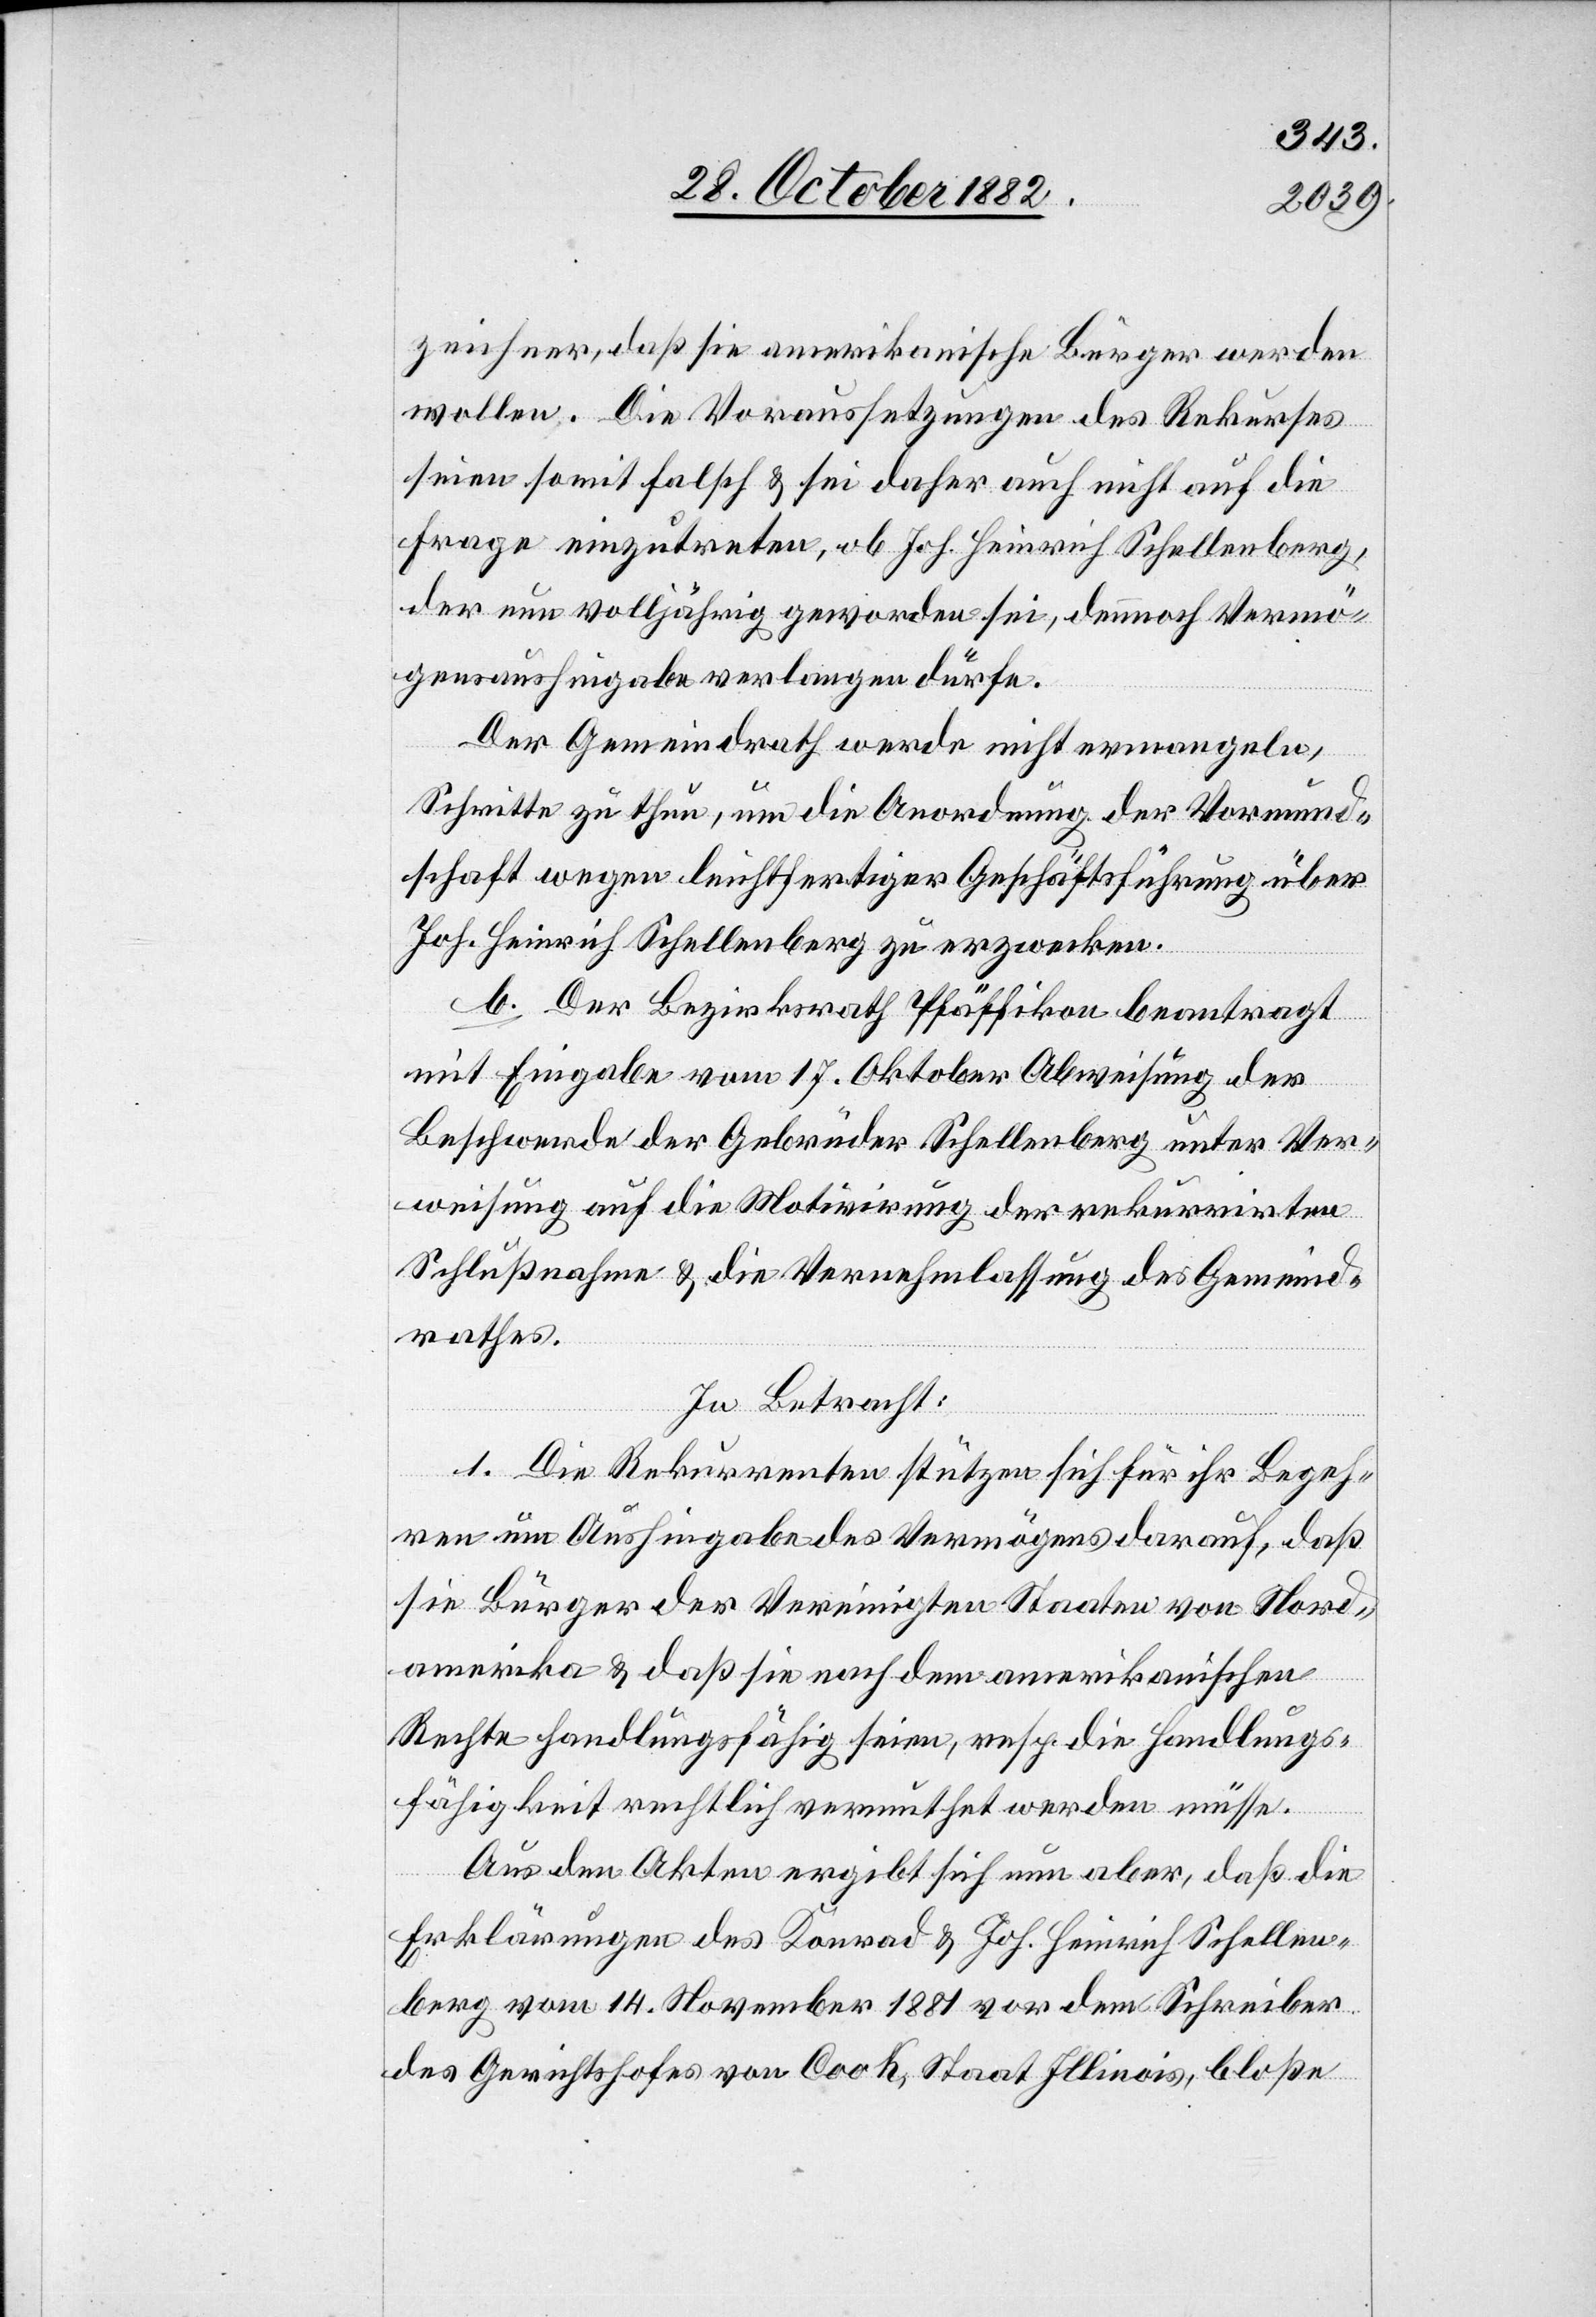
zeichner, daß sie amerikanische Bürger werden
wollen. Die Voraussetzungen des Rekurses
seien somit falsch & sei daher auch nicht auf die
Frage einzutreten, ob Joh. Heinrich Schellenberg,
der nun volljährig geworden sei, demnach Vermö¬
gensaushingabe verlangen dürfe.
Der Gemeindrath werde nicht ermangeln,
Schritte zu thun, um die Anordnung der Vormund¬
schaft wegen leichtfertiger Geschäftsführung über
Joh. Heinrich Schellenberg zu erzwecken.
b. Der Bezirksrath Pfäffikon beantragt
mit Eingabe vom 17. Oktober Abweisung der
Beschwerde der Gebrüder Schellenberg unter Ver¬
weisung auf die Motivirung der rekurrirten
Schlußnahme & die Vernehmlassung des Gemeind¬
rathes.
In Betracht:
1. Die Rekurrenten stützen sich für ihr Begeh¬
ren um Aushingabe des Vermögens darauf, daß
sie Bürger der Vereinigten Staaten von Nord¬
amerika & daß sie nach dem amerikanischen
Rechte handlungsfähig seien, resp. die Handlungs¬
fähigkeit rechtlich vermuthet werden müsse.
Aus den Akten ergibt sich nun aber, daß die
Erklärungen des Konrad & Joh. Heinrich Schellen¬
berg vom 14. November 1881 vor dem Schreiber
des Gerichtshofes von Cook, Staat Illinois, bloße